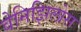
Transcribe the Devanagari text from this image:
वेनिझिलोस